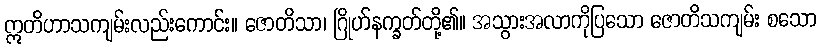
ဣတိဟာသကျမ်းလည်းကောင်း။ ဇောတိသာ၊ ဂြိုဟ်နက္ခတ်တို့၏။ အသွားအလာကိုပြသော ဇောတိသကျမ်း စသော